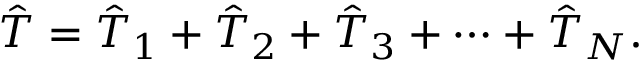
\begin{array} { r } { \hat { T } = \hat { T } _ { 1 } + \hat { T } _ { 2 } + \hat { T } _ { 3 } + \dots + \hat { T } _ { N } . } \end{array}